Papers set at the Examination for Leaving Certificates, 1895
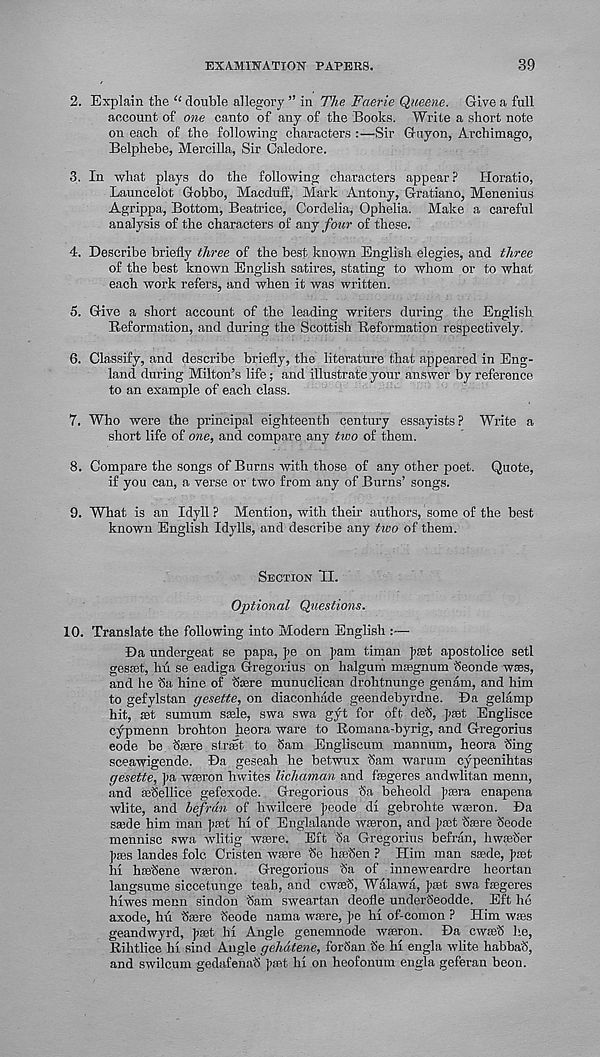
EXAMINATION PAPERS.
39
2. Explain the “ double allegory ” in The Faerie Queene. Give a full
account of one canto of any of the Books. Write a short note
on each of the following characters :—Sir Guyon, Archimago,
Belphebe, Mercilla, Sir Caledore.
3. In what plays do the following characters appear? Horatio,
Launcelot Gobbo, Macduff, Mark Antony, Gratiano, Menenius
Agrippa, Bottom, Beatrice, Cordelia, Ophelia. Make a careful
analysis of the characters of any four of these.
4. Describe briefly three of the best known English elegies, and three
of the best known English satires, stating to whom or to what
each work refers, and when it was written.
5. Give a short account of the leading writers during the English
Reformation, and during the Scottish Reformation respectively.
6. Classify, and describe briefly, the literature that appeared in Eng-
land during Milton’s life; and illustrate your answer by reference
to an example of each class.
7. Who were the principal eighteenth century essayists ? Write a
short life of one, and compare any two of them.
8. Compare the songs of Burns with those of any other poet. Quote,
if you can, a verse or two from any of Burns’ songs.
9. What is an Idyll? Mention, with their authors, some of the best
known English Idylls, and describe any tivo of them.
Section II.
Optional Questions.
10. Translate the following into Modern English :—
Da undergeat se papa, ]>e on ]>am timan ])£et apostolice setl
gesast, hu se eadiga Gregorius on halgum msegnum Seonde wses,
and he ha hine of haare munuclican drohtnunge genam, and him
to gefylstan gesette, on diaconhade geendebyrdne. Da gelamp
hit, set sumum sasle, swa swa gyt for oft deh, past Englisce
c^-pmenn brohton heora ware to Romana-byrig, and Gregorius
code be fere strait to ham Engliscum mannum, heora hing
sceawigende. Da geseah he betwux ham warum cypecnihtas
gesette, J>a wseron hwites lichaman and fsegeres andwlitan menu,
and sehellice gefexode. Gregorious ha beheold faera enapena
wlite, and befrdn of hwilcere ]>eode di gebrohte waeron. Da
saide him man ]><Bt hi of Englalande wseron, and ])Eet hsere hcode
mennisc swa wlitig wsere. Eft ha Gregorius befran, hwaehcr
pres landes folc Cristen wasre he hsehen ? Him man sasde, past
lii haehene wseron. Gregorious ha of inneweardre heortan
langsume siccetunge teah, and cwaeh, Waiawa, fsdt swa fregeres
hiwes menu sindon ham sweartan deofle underheodde. Eft ho
axode, hti haere heode nama wiere, ]>e hi of-comon ? Him wses
geandwyrd, Tpset hi Angle genemnode wseron. Da cwseh he,
Rihtlice hi sind Angle gehdtene, forhan he hi engla wlite habbah,
and swilcum gedafenah ])set hi on heofonum engla geferan beon.